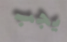
يجب